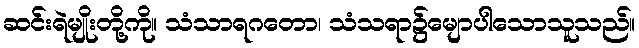
ဆင်းရဲမျိုးတို့ကို။ သံသာရဂတော၊ သံသရာ၌မျောပါသောသူသည်။